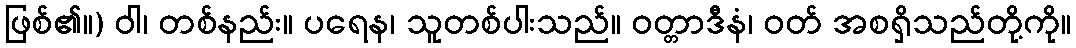
ဖြစ်၏။) ဝါ၊ တစ်နည်း။ ပရေန၊ သူတစ်ပါးသည်။ ဝတ္တာဒီနံ၊ ဝတ် အစရှိသည်တို့ကို။